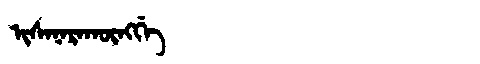
Manchu: ᡳᠰᠠᠨᠠᡵᠠᡴᡡᠩᡤᡝ
Romanization: ISANARAKŪNGGE